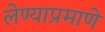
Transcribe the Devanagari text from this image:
लेण्याप्रमाणे